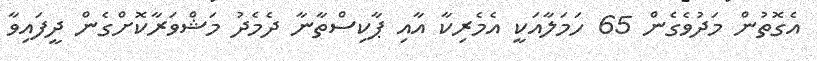
އެގޮތުން މަދުވެގެން 65 ހަމަލާއަކީ އެމެރިކާ އާއި ޕާކިސްތާނާ ދެމެދު މަޝްވަރާކޮށްގެން ދީފައިވާ